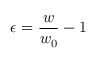
\epsilon = \frac { w } { w _ { 0 } } - 1